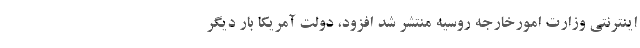
اینترنتی وزارت امورخارجه روسیه منتشر شد افزود، دولت آمریکا بار دیگر